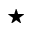
\star